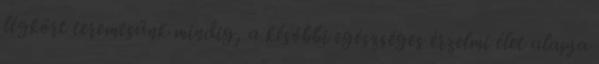
légkört teremtsünk mindig, a későbbi egészséges érzelmi élet alapja